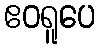
ဧဝရူပေ